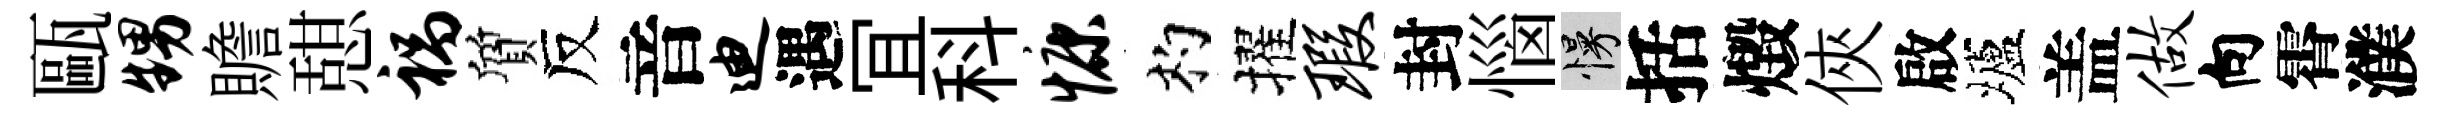
甌甥贍憇祸質反音迪遇冝科慷杓擢瑕封惱慢括燬俠啟壚盖做向霄濮